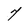
Character: 7